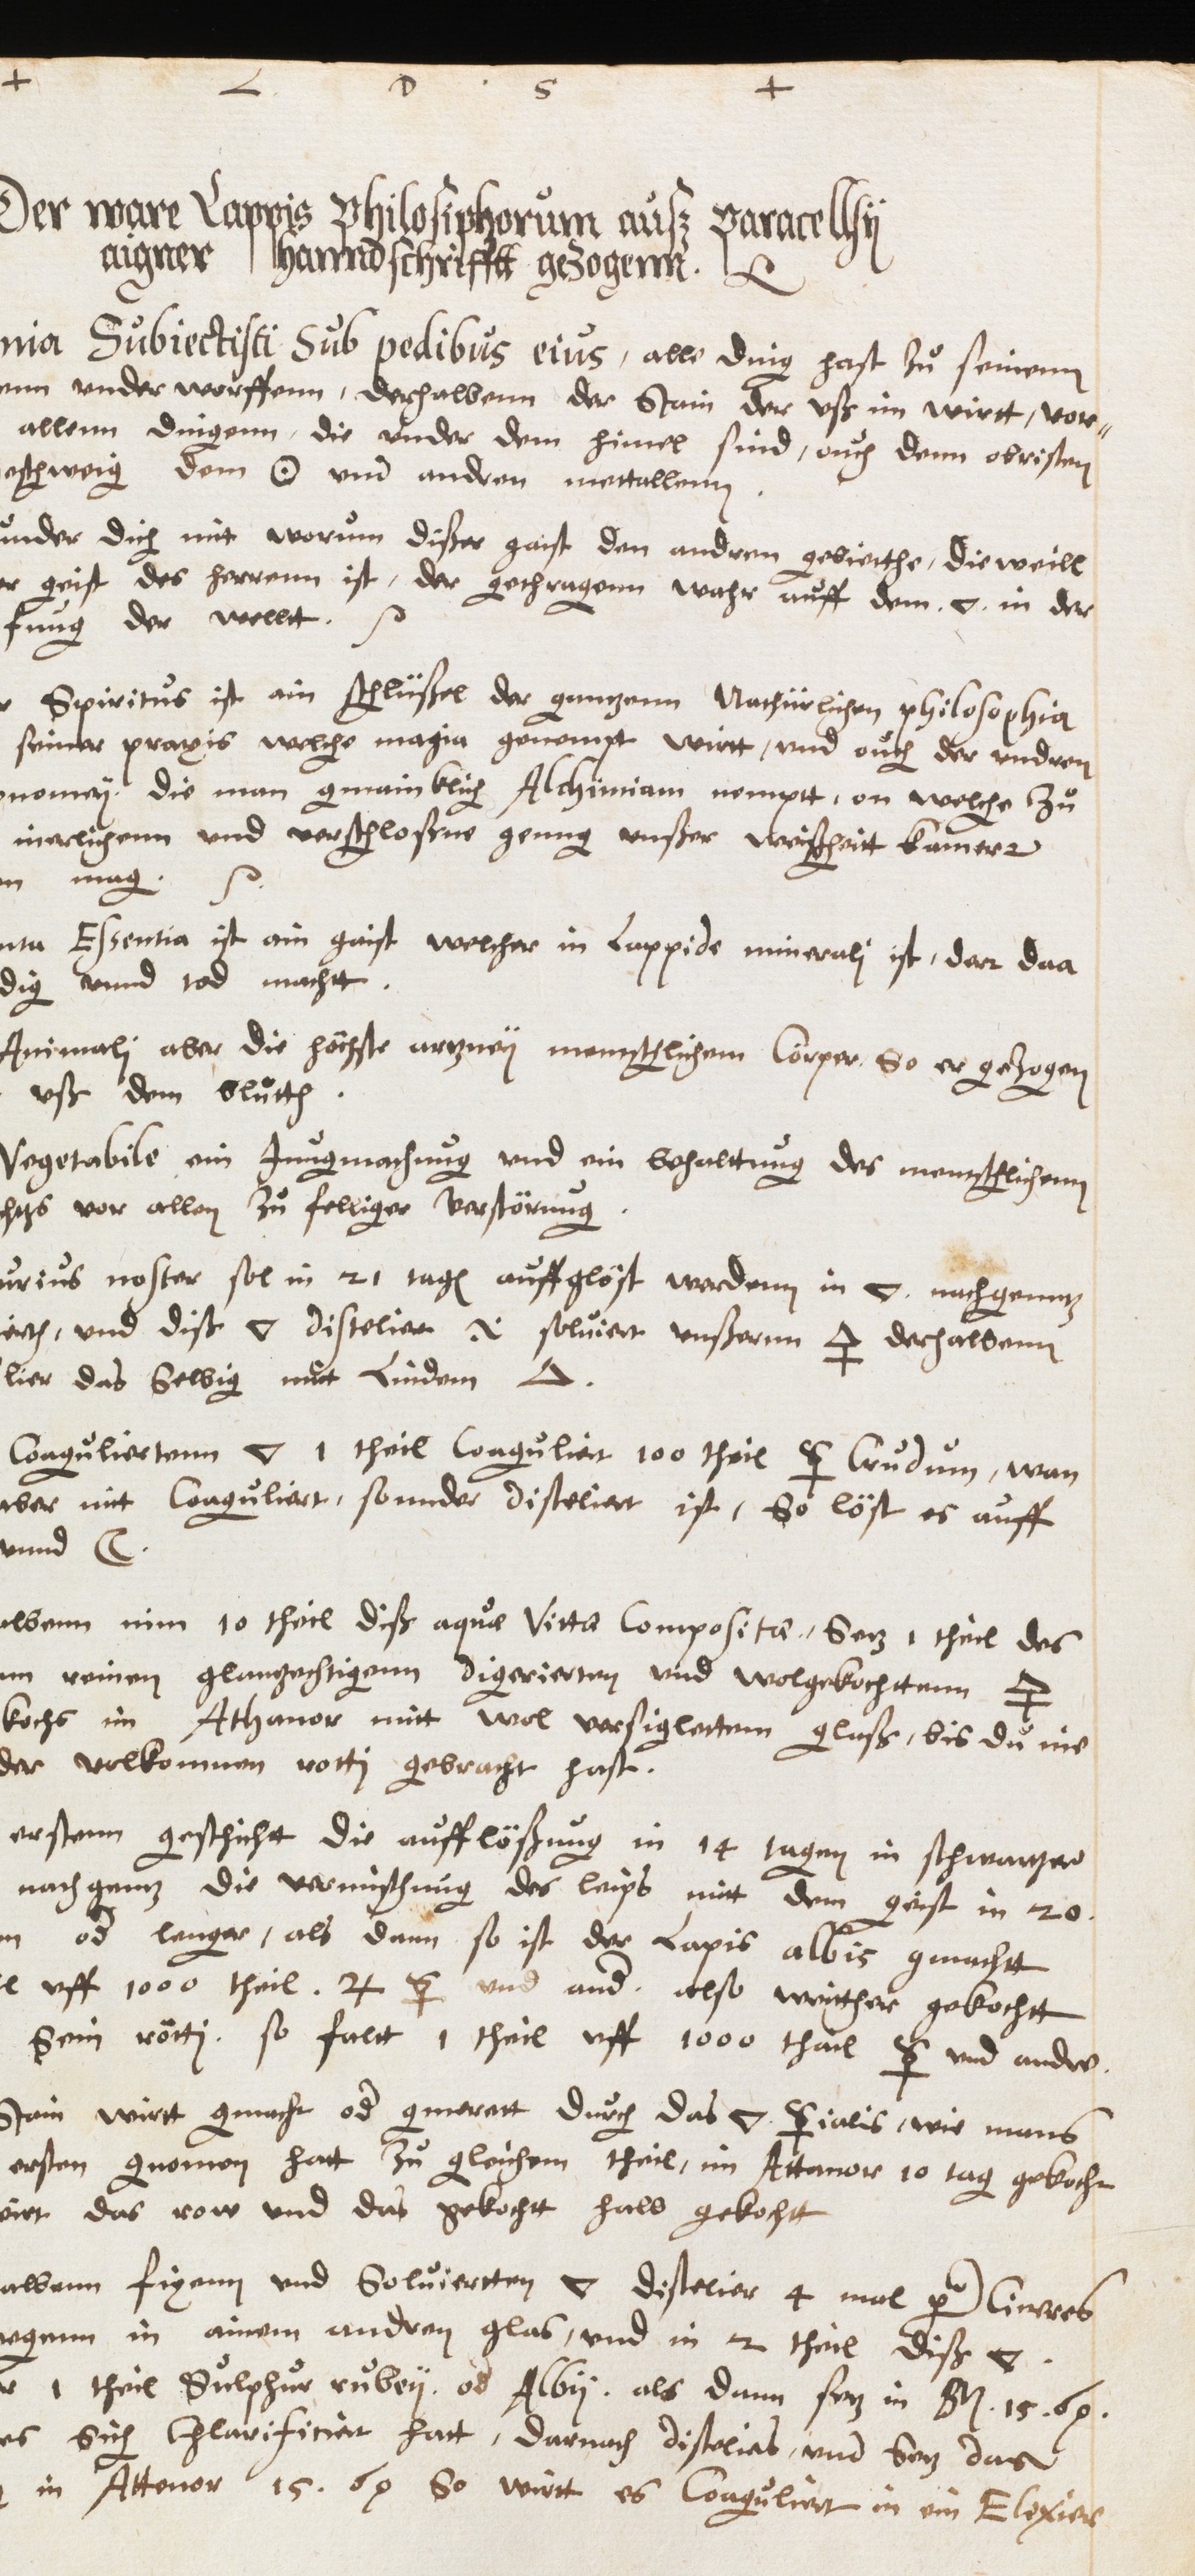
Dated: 1593–1593